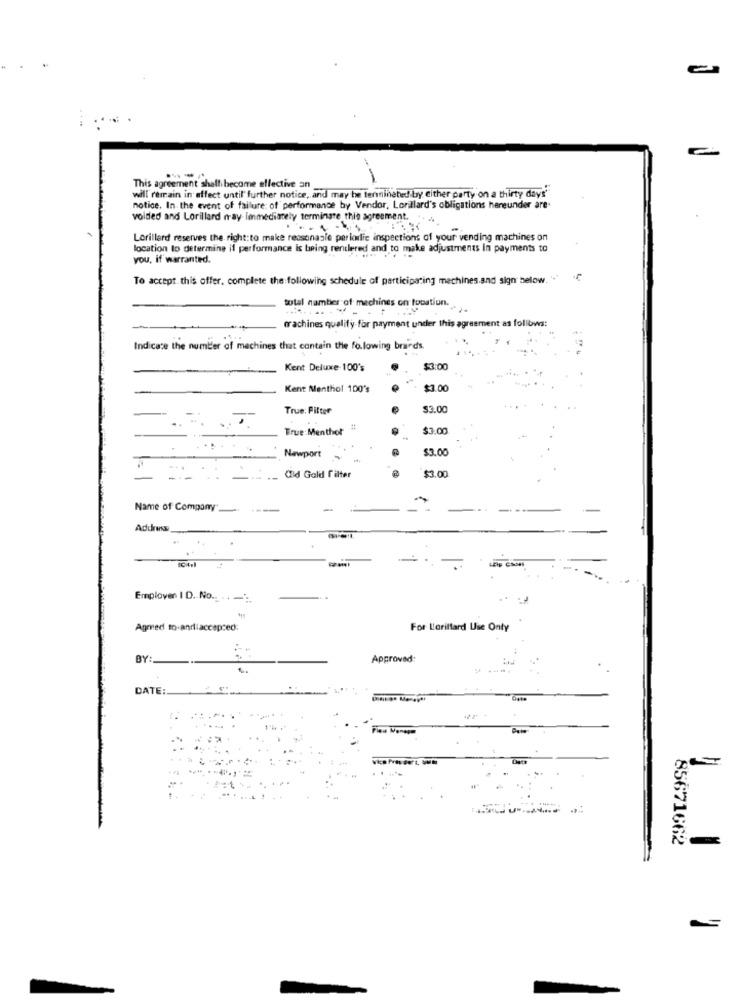
This agreement shall become effective an
will remain in affect until further notice, and may be terminated by either party on a thirty days"
notice. In the event of failure of performance by Vendor, Lonillard's obligations hareunder are.
volded and Lorillard nay Immediately terminate this agreement.
Lorillard reserves the right:to make reasonable periolie inspections of your vending machines on
location to determine if performance is being rentlered and to make adjustments In payments to
you, if warranted.
To accept. this offer, complete the following schedule of participating machines.and sign below.
total number of machines on location ..
machines qualify for payment under this agreement as follows:
Indicate the number of machines that contain the following brands
Kent Deluxe- 100's
$3:00
Kent Menthol 100's
$3.00
True: Filter
$3.00
True: Menthol
#
$3.00
$3.00
Newport
$3.00
---
Old Gold filter
Name of Company
---
-
Address
CItil
-
Employer I D. No .. . . -:.
Agmed mo.andiaccepted:
For Lorillard Use Only
BY:
Approved:
1.
DATE:
85671662